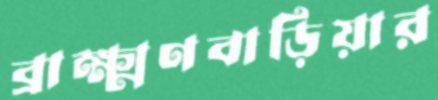
ব্রাক্ষ্মণবাড়িয়ার